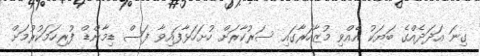
ގިނަ އަދަދެއްގެ ބަޔަކު އެއްވި މުޒާހަރާގައި ސަރުކާރަށް ހުށަހަޅާފައިވާ ފަސް ޑިމާންޑް ފުރިހަމަކުރުމަށް